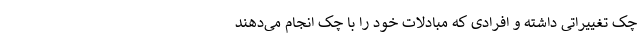
چک تغییراتی داشته و افرادی که مبادلات خود را با چک انجام می‌دهند